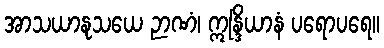
အာသယာနုသယေ ဉာဏံ၊ ဣန္ဒြိယာနံ ပရောပရေ။